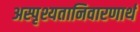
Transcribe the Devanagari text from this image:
अस्पृश्यतानिवारणार्थ